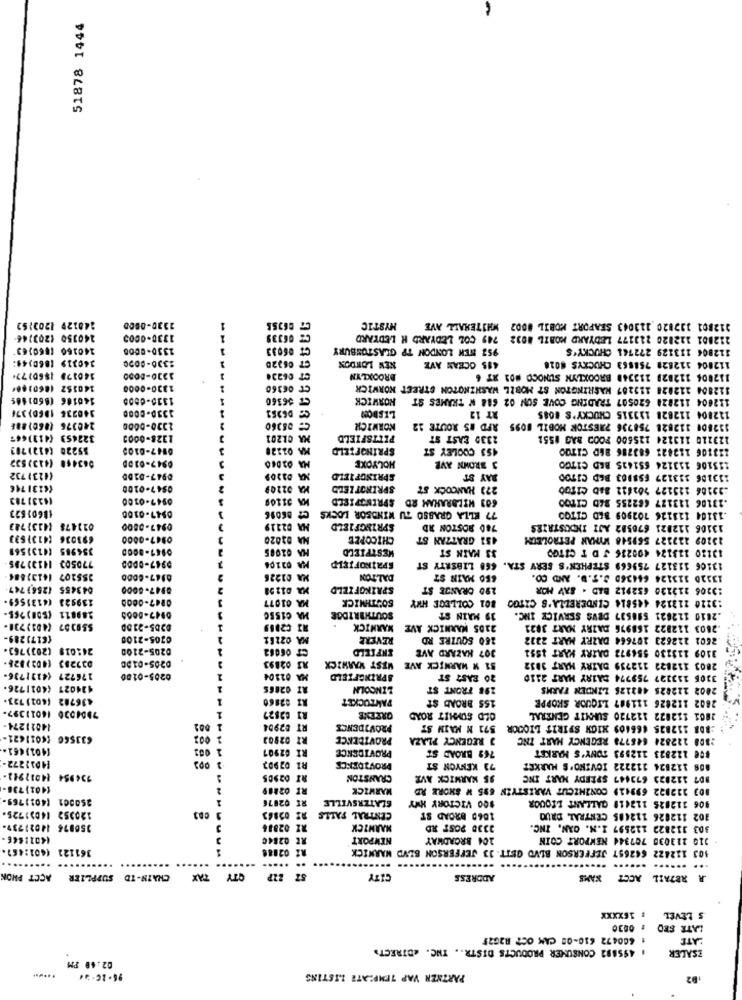
51878 1444
140129 1203152
2330-0000
1
MYSTIC
212801 332820 113043 SEAPORT MOBIL #002 WHITEHALL AVE
240350 1203746
1330-0005
1
CZ 06339
212801 122820 213177 LEDYARD MOBIL 8032 749 COL LEDYARD H LEDYARD
140160 (860)63
1330-8000
CT 06033
952 NEN LONDON TP GLASTONBURY
112804 133129 272761 CHUCKY'S
340319 (860)44:
1330-8000
CT 06220
NEW LONDON
112804 112828 758863 CHUCKYS 6028
415 OCEAN AVE
140179 1860)724
1230-8000
BROOKLYN
112006 112828 113348 BROOKLYN SUNOCO #01 87 6
140152 (860)60*
1330-0000
CT 06360
112804 112828 113287 WASHINGTON ST MOBIL WASHINGTON STREET KORWICK
140106 (8601465
1310-6000
CT 36360
HORWICK
112604 112828 620507 TRADING COVE SON 02 688 W TRAMES ST
140236 1860)376
1330-0000
LISBON
112804 112828 133315 CHUCKY'S 4085
RT 12
240376 (860)886
1330-0000
08360
NORWICH
132800 112828 758736 7RESTOR MOBIL 1095 AFD #5 ROUTE 12
322453 (413)447
1328-0003
A CR203
PITTSFIELD
2330 EAST ST
123110 113124 225600 FOOD BAG #551
$5220 (4121703
0147-0100
SPRINGFIELD
453 COOLEY ST
123106 112822 683286 86D CITOO
063418 (413)532
HOLYOKE
0947-0100
3 BROWN AVE
115106 133124 651425 BED CITGO
(423)732
0947-0100
A D3209
SPRINGFIELD
BAY ST
113106 333127 658103 BED CITOO
1623174€
0547-0100
A 02209
SPRINGT LEDD
273 HANCOCK ST
:32106 123127 102622 845 CITO0
(423) 783
0947-0100
603 WILBRAHAM RD SPRINGFIELD
.13106 113127 682255 B4D CITOO
(8601623
0947-0100
C2 86096
77 ELLA GRASSO TU WINDSOR LOCKS
.13104 113126 702909 BED CITOO
022478 (4131743
0947-0800
MA 02219
SPRINGFIELD
780 BOSTON RD
13106 112021 670582 AJI INDUSTRIES
693036 (4131633
0947-0000
A 02020
CHICOPEE
451 GRATZAN ST
23209 222327 569548 WYMAN PETROLEUM
354985 (4131569
0147-8000
MA 02085
MESTFIELD
33 MAIN ST
13120 123124 400236 J D T CITGO
770503 1413)795
0947-0DDD
SPALKOFIELD
A 02104
13106 113127 759669 STEPHEN'S SERY STA. 668 LIBERTY ST
35$202 1413)884
0147-6000
MA 01226
DALTON
SSO MAIN ST
13320 113124 664360 S.T.D. AND CO.
043455 (256)747
8947-8000
MA. 012 58
SPRINGFIELD
290 GRANDE ST
13206 213120 632912 BAD - SAY MOR
139928 (413156).
0247-0008
MA 01077
SOUTHMICR
801 COLLEGE HMY
:3220 212124 445814 CINDERELLA'S CITGO
289811 (508)265-
A C1550
SOUTHBRIDGE
39 MAIN ST
.2010 112821 516537 DEVS SERVICE INC.
$50357 (401)731-
0205-2100
13 C2889
MARNICK
2105 MARNICK AVE MARNICK
.2803 112822 168976 DAIRY MART 3821
(617)289-
0205-2100
A 02281
REVERE
250 SQUIRE RD
2601 222623 107664 DAZRY MART 2332
242019 (203)763.
0205-2100
CT 06062
ENFIELD
307 HAZARD AVE
3109 113130 556972 DAIRY HART 1551
033283 (402)928
R3 02893
WEST WARWICK
02:05-0100
51 M WARNICK AVE
2803 112822 112739 DAIRY MART 3832
176727 (4131736-
0205-0100
MA 02104
SPRINGFIELD
20 FAST ST
3305 133327 759774 DAIRY MART 2110
124027 (4011726-
AT 02865
LINCOLN
198 FRONT ST
2802 222825 482125 LINDEN FARMS
436782 (601) 723
AZ 02860
PAWTUCKET
155 BROAD ST
2802 112826 111987 LIQUOR SKOPPE
7004020 16011397-
RI 02827
GREENE
OLD SUMMIT ROAD
2801 112822 112720 SUMMIT GENERAL
14011274-
1 001
RT #2954
PROVIDENCE
571 M MAIN ST
:BDB 112825 466409 HIGH SPIRIT LIOCOR
633566 (6011621-
2 002
RI 02903
PROVIDENCE
J REGENCY PLAZA
:308 222824 646778 REGENCY HART INC
(401)461.
1 001
RI 62907
PROVIDENCE
769 BROAD ST
#CE 122823 112993 TONY'S MARKET
[4011272-
R1 02903
PROVIDENCE
73 KENYON ST
808 112824 112222 IOVINO'S MARKET
134954 14011942-
RT 02905
CRANSTON
35 KARMICK AVE
807 112823 673447 SPEEDY MART INC
(401)736-
2
RI 02209
MARWICK
803 312822 699419 CONZHZCUT VARISTYEN 695 W SHORE RD
250001 (4011769-
RI 02076
SLATERSVILLE
100 VICTORY HWY
906 112825 112418 GALLANT BROUOR
120352 14031725
CENTRAL FALLS
1060 BROAD ST
102 112026 122485 CENTRAL DRUG
350876 14021737-
RZ 02836
MARNICK
3330 2055 RD
303 312822 112597 I.N. CAN, INC.
14011646-
RE 02846
NEWPORT
104 BROADWAY
310 213030 707344 NEWPORT COIN
161122 (401:467.
R2 02888
103 132422 642657 JEFFERSON BLVD GUTT. 33 JEFFERSON BLVD WARNICK
.....
.. .. ....-
... ...... ...... ...
ACCT PHON
SUPPLIER
CHAIN-ID
OTY TAX
57 21P
CITY
ADDRESS
XANS
R RETAIL ACCT
: 16XXXX
S LEVEL
# 0030
LATR SED
1 600472 630-08 CAM OCT R2G25
ATE
. 495892 CONSUMER PRODUCTS DISTR ., INC. < DIRECT>
ESALER
02:48 PM
PARTNER YAP TEMPLATE LISTING